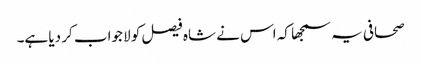
صحافی یہ سمجھا کہ اس نے شاہ فیصل کو لا جواب کر دیا ہے۔